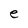
Character: e